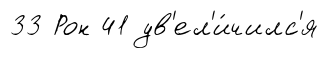
33 Рон 41 ув'ел'и́чилс'я